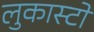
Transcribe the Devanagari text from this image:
लुकास्टो